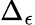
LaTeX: \Delta_{\epsilon}